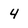
Character: 4